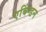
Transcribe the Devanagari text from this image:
एबिंग्डन